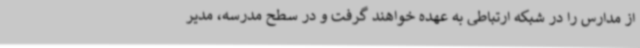
از مدارس را در شبکه ارتباطی به عهده خواهند گرفت و در سطح مدرسه، مدیر